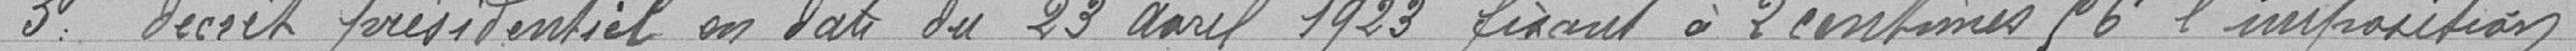
3 décret présidentiel en date du 23 avril 1923 fixant à 2 centimes 56 l'imposition